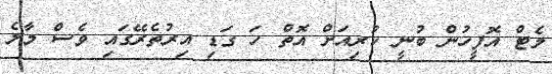
މެޓް އޮފީހުން ބުނީ ކުރިއަށް އޮތް ހަ ގަޑި އިރުތެރޭގައި ވެސް މާލެ